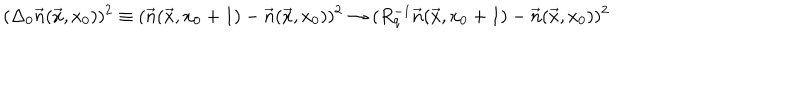
( \Delta _ { 0 } \vec { n } ( \vec { x } , x _ { 0 } ) ) ^ { 2 } \equiv ( \vec { n } ( \vec { x } , x _ { 0 } + 1 ) - \vec { n } ( \vec { x } , x _ { 0 } ) ) ^ { 2 } \to ( R _ { q } ^ { - 1 } \vec { n } ( \vec { x } , x _ { 0 } + 1 ) - \vec { n } ( \vec { x } , x _ { 0 } ) ) ^ { 2 }